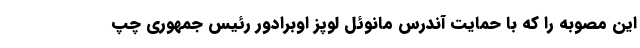
این مصوبه را که با حمایت آندرس مانوئل لوپز اوبرادور رئیس جمهوری چپ